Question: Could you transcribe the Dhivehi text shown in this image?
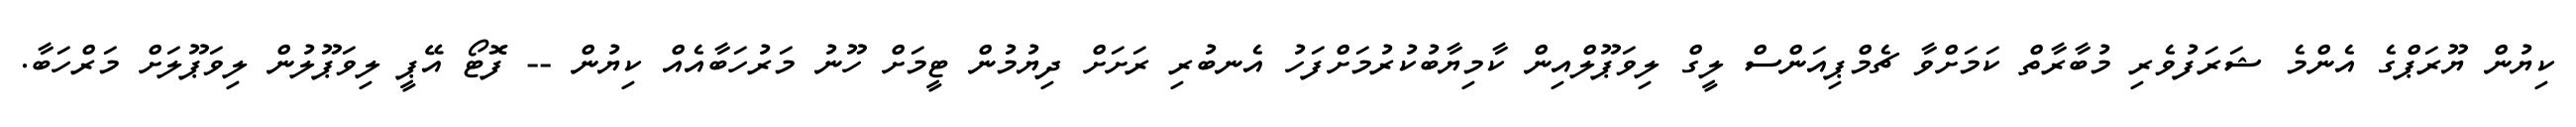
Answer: ކިޔުން ޔޫރަޕްގެ އެންމެ ޝަރަފުވެރި މުބާރާތް ކަމަށްވާ ޗެމްޕިއަންސް ލީގް ލިވަޕޫލްއިން ކާމިޔާބުކުރުމަށްފަހު އެނބުރި ރަށަށް ދިޔުމުން ޓީމަށް ހޫނު މަރުހަބާއެއް ކިޔުން -- ފޮޓޯ އޭޕީ ލިވަޕޫލުން ލިވަޕޫލަށް މަރްހަބާ.